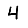
Digit: 4